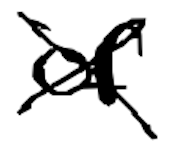
Text: of
Cross-out: cross
Writing tool: digital_black